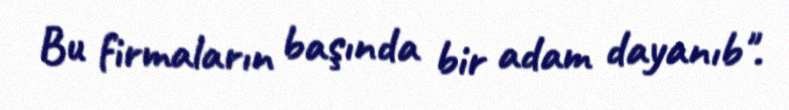
Bu firmaların başında bir adam dayanıb".